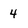
Character: 4